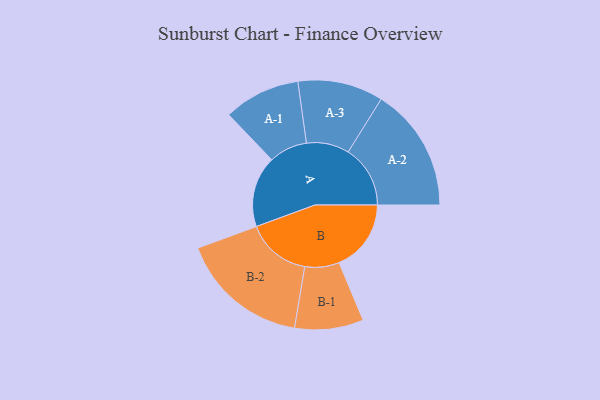
{"axis": {"x": "Segment", "y": "Value"}, "legend": ["", "A", "B"], "data": [{"x": "A", "y": 308, "type": ""}, {"x": "B", "y": 312, "type": ""}, {"x": "A-1", "y": 166, "type": "A"}, {"x": "A-2", "y": 269, "type": "A"}, {"x": "A-3", "y": 185, "type": "A"}, {"x": "B-1", "y": 149, "type": "B"}, {"x": "B-2", "y": 280, "type": "B"}]}